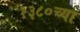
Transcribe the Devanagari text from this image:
१३८०च्या